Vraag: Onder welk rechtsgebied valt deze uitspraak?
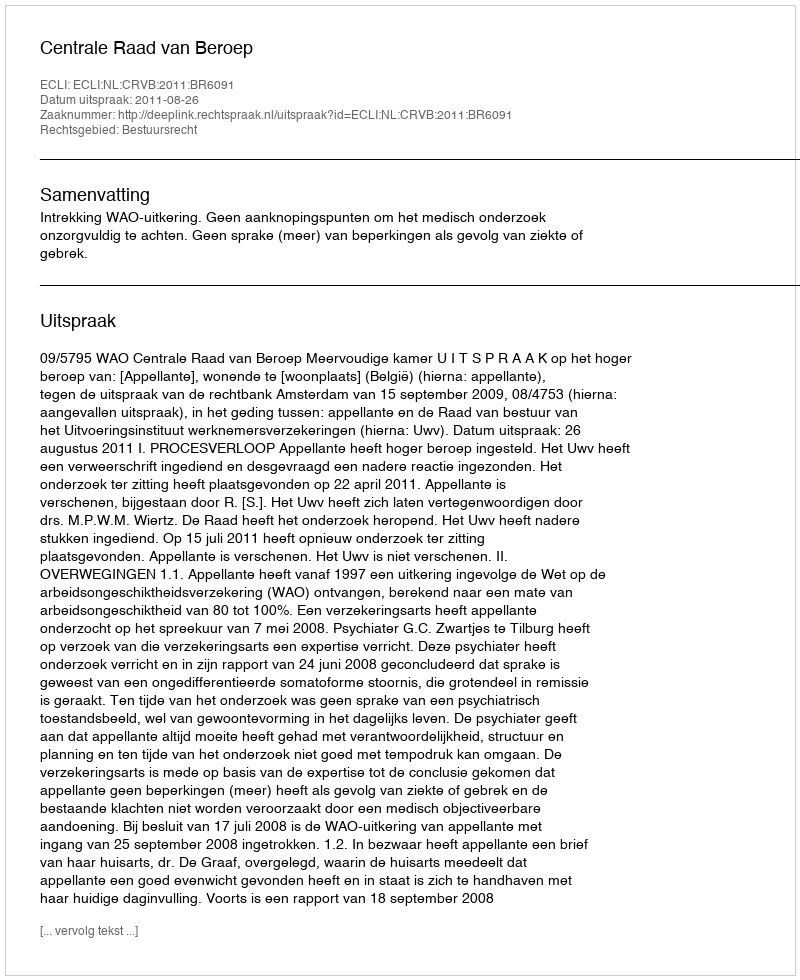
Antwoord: Bestuursrecht